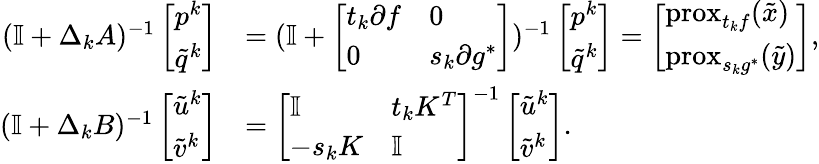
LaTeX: \begin{array}{rl}{(\mathbb I+\Delta_{k}A)^{-1}\left[\begin{array}{l}{p^{k}}\\ {\tilde{q}^{k}}\end{array}\right]}&{=(\mathbb I+\left[\begin{array}{ll}{t_{k}\partial f}&{0}\\ {0}&{s_{k}\partial g^{*}}\end{array}\right])^{-1}\left[\begin{array}{l}{p^{k}}\\ {\tilde{q}^{k}}\end{array}\right]=\left[\begin{array}{l}{\mathrm{prox}_{t_{k}f}(\tilde{x})}\\ {\mathrm{prox}_{s_{k}g^{*}}(\tilde{y})}\end{array}\right],}\\ {(\mathbb I+\Delta_{k}B)^{-1}\left[\begin{array}{l}{\tilde{u}^{k}}\\ {\tilde{v}^{k}}\end{array}\right]}&{=\left[\begin{array}{ll}{\mathbb I}&{t_{k}K^{T}}\\ {-s_{k}K}&{\mathbb I}\end{array}\right]^{-1}\left[\begin{array}{l}{\tilde{u}^{k}}\\ {\tilde{v}^{k}}\end{array}\right].}\end{array}